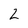
Character: 2